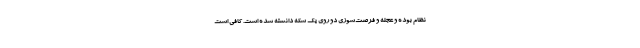
نظام بوده و عجله و فرصت‌سوزی دو روی یک سکه دانسته شده است. کافی است